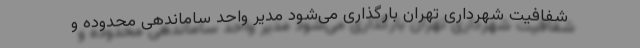
شفافیت شهرداری تهران بارگذاری می‌شود مدیر واحد ساماندهی محدوده و